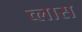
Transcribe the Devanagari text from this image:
व्लास